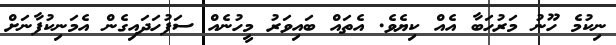
ނިކުމެ ހޫނު މަރުހަބާ އެއް ކިޔެވެ. އެތައް ބައިވަރު މީހުނެއް ސަފުހަދައިގެން އެމަނިކުފާނަށް